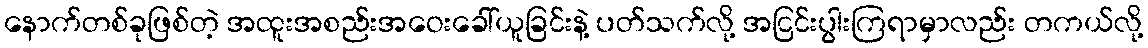
နောက်တစ်ခုဖြစ်တဲ့ အထူးအစည်းအဝေးခေါ်ယူခြင်းနဲ့ ပတ်သက်လို့ အငြင်းပွါးကြရာမှာလည်း တကယ်လို့